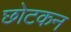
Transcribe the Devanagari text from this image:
छोटकन